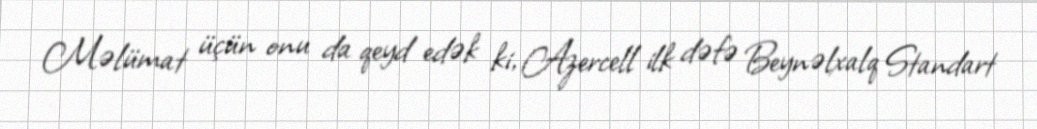
Məlümat üçün onu da qeyd edək ki, Azercell ilk dəfə Beynəlxalq Standart